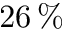
2 6 \, \%